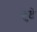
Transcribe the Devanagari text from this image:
कुष्टे